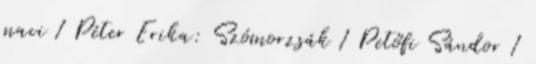
maci 1 Péter Erika: Szómorzsák 1 Petőfi Sándor 1